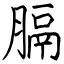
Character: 膈